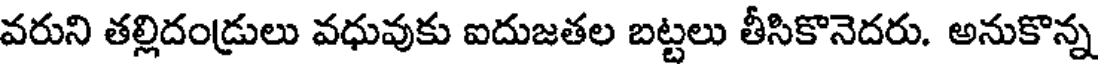
వరుని తల్లిదండ్రులు వధువుకు ఐదుజతల బట్టలు తీసికొనెదరు. అనుకొన్న